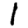
Digit: 1